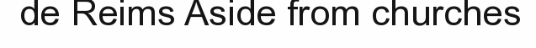
de Reims Aside from churches